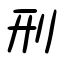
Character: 刑